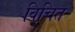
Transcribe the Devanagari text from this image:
विचित